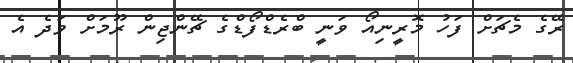
ރޭގެ މެޗަށް ފަހު މޮރީނިއޯ ވަނީ ބްރެޑްފޯޑްގެ ޗޭންޖިން ރޫމަށް ވަދެ އެ